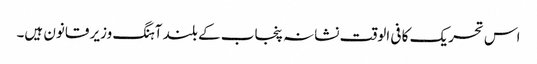
اس تحریک کا فی الوقت نشانہ پنجاب کے بلند آہنگ وزیر قانون ہیں۔